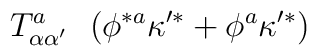
T^{a}_{\alpha \alpha^{\prime} } \ \ (\phi^{* a} \kappa^{\prime *} + \phi^{a} \kappa^{\prime *} )